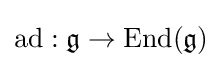
\operatorname {ad} :{\mathfrak {g}}\to \operatorname {End} ({\mathfrak {g}})